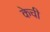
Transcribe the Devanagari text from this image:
केची